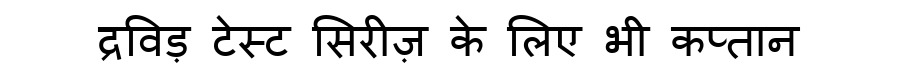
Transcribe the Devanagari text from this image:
द्रविड़ टेस्ट सिरीज़ के लिए भी कप्तान